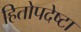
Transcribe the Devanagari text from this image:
हितोपदेष्टा